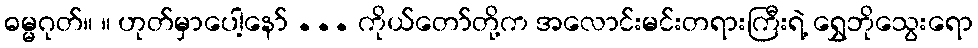
ဓမ္မဂုတ်။ ။ ဟုတ်မှာပေါ့နော် ... ကိုယ်တော်တို့က အလောင်းမင်းတရားကြီးရဲ့ ရွှေဘိုသွေးရော